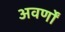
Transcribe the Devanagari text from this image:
अवर्णों